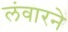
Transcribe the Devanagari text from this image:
लंवारने